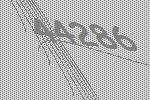
44286